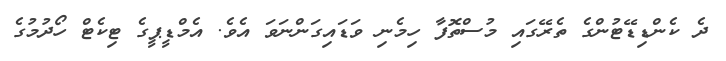
ދެ ކެންޑިޑޭޓުންގެ ތެރޭގައި މުސްތޮފާ ހިމެނި ވަޑައިގަންނަވަ އެވެ. އެމްޑީޕީގެ ޓިކެޓް ހޯދުމުގެ